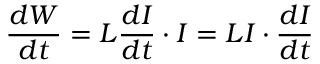
{ \frac { d W } { d t } } = L { \frac { d I } { d t } } \cdot I = L I \cdot { \frac { d I } { d t } }